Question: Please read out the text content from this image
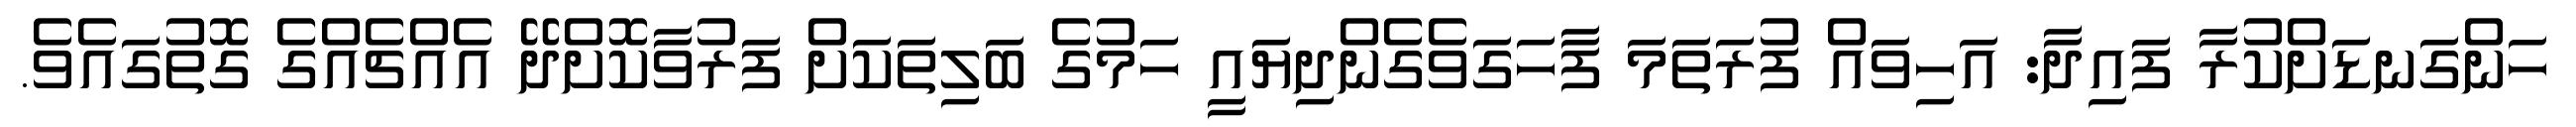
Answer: ހަންގަނޑަށްކުރާ ފައިދާ: އަހިވައް ފުރަތަމަ ފާހަގަވެގެންދިޔައީ ހަމުގެ ބަލިތަކަށް ފަރުވާކޮށްދޭ އެއްޗެއްގެ ގޮތުގައެވެ.